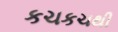
કચકચથી